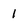
Character: I